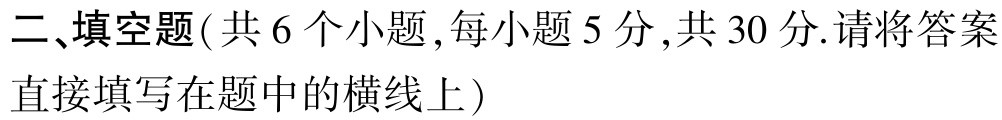
二、填空题(共 6 个小题,每小题 5 分,共 30 分.请将答案直接填写在题中的横线上)